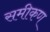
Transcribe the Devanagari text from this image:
समीकण